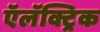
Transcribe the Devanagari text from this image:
ऍलॅक्ट्रिक